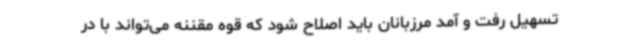
تسهیل رفت و آمد مرزبانان باید اصلاح شود که قوه مقننه می‌تواند با در